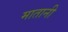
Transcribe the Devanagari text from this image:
मातानी